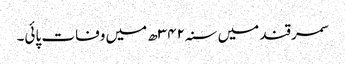
سمرقند میں سنہ۳۴۲ھ میں وفات پائی۔